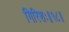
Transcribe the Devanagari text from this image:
गिरिशः॥१८॥